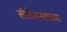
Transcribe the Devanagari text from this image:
खंडेरायाच्या